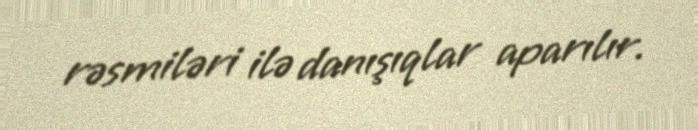
rəsmiləri ilə danışıqlar aparılır.